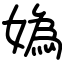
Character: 媯